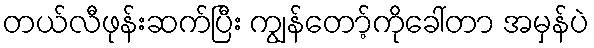
တယ်လီဖုန်းဆက်ပြီး ကျွန်တော့်ကိုခေါ်တာ အမှန်ပဲ